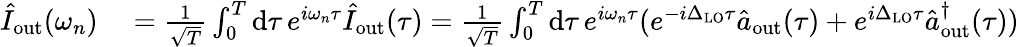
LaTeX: \begin{array}{rl}{\hat{I}_{\mathrm{out}}(\omega_{n})}&{{}=\frac{1}{\sqrt{T}}\int_{0}^{T}\mathrm{d}\tau\, e^{i\omega_{n}\tau}\hat{I}_{\mathrm{out}}(\tau)=\frac{1}{\sqrt{T}}\int_{0}^{T}\mathrm{d}\tau\, e^{i\omega_{n}\tau}(e^{-i\Delta_{\mathrm{LO}}\tau}\hat{a}_{\mathrm{out}}(\tau)+e^{i\Delta_{\mathrm{LO}}\tau}\hat{a}_{\mathrm{out}}^{\dagger}(\tau))}\end{array}